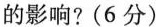
的影响?(6分)